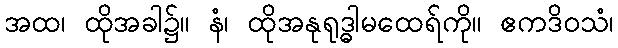
အထ၊ ထိုအခါ၌။ နံ၊ ထိုအနုရုဒ္ဓါမထေရ်ကို။ ဧကဒိဝသံ၊